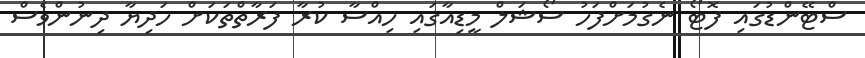
ސްޓޭންޑުގައި ފޮޓޯ ނެގުމަށްފަހު ސޯޝަލް މީޑިއާގައި ހިއްސާ ކުރާ ފަރާތްތަކަށް ހަދިޔާ ދިނުންވެސް